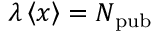
\lambda \left\langle { x } \right\rangle = N _ { \mathrm { p u b } }